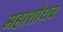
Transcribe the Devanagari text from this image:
महाशोधच